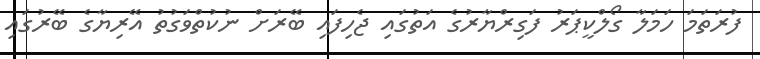
ފުރަތަމަ ހަމަލާ ގޯލްކީޕަރު ފަގިރްޔާރުގެ އަތުގައި ޖެހިފައި ބޭރަށް ނުކުތްވަގުތު އޭރިޔާގެ ބޭރުގައި